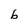
Character: b